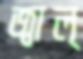
জ্বাল্‌